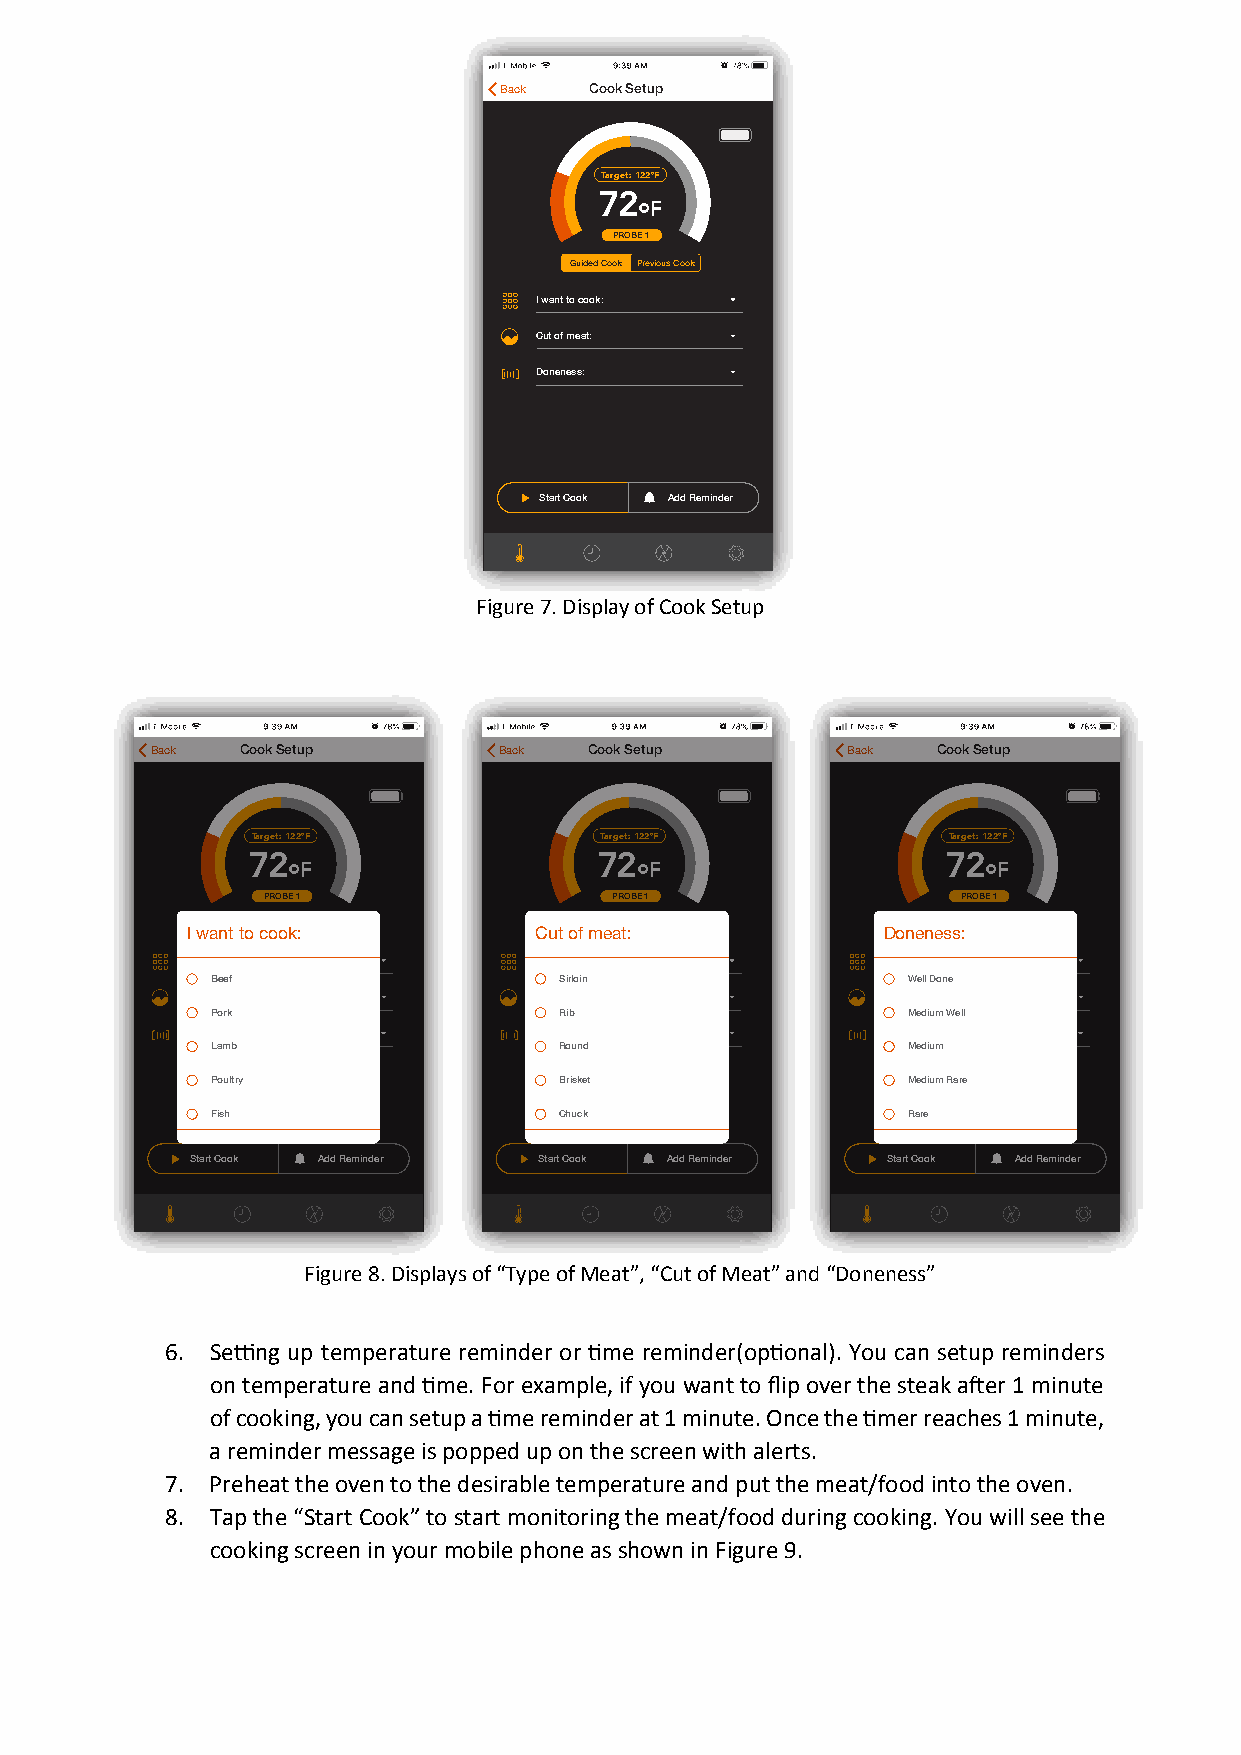
Back  Cook Setup
 Target: 122°F
 72
 °F
 PROBE 1
 Guided Cook Previous Cook
 I want to cook:
 Cut of meat:
 Doneness:
 Start Cook Add Reminder
 Figure 7. Display of Cook Setup
 Back  Cook Setup       Back  Cook Setup       Back  Cook Setup
 Target: 122°F          Target: 122°F          Target: 122°F
 72                      72                     72
 °F                     °F                     °F
 PROBE 1                 PROBE 1                PROBE 1
 GGuuiiddeedd CCooookk PPrreevviioouuss CCooookk GGuuiiddeedd CCooookk PPrreevviioouuss CCooookk GGuuiiddeedd CCooookk PPrreevviioouuss CCooookk
 I want to cook:        Cut of meat:           Doneness:
 I want to cook:        I want to cook:        I want to cook:
 Beef                   Sirloin                Well Done
 CCuutt ooff mmeeaatt:: CCuutt ooff mmeeaatt:: CCuutt ooff mmeeaatt::
 Pork                   Rib                    Medium Well
 DDoonneenneessss::     DDoonneenneessss::     DDoonneenneessss::
 Lamb                   Round                  Medium
 Poultry                Brisket                Medium Rare
 Fish                   Chuck                  Rare
 Start Cook Add Reminder Start Cook Add Reminder Start Cook Add Reminder
 Figure 8. Displays of “Type of Meat”, “Cut of Meat” and “Doneness”
 6. Setting up temperature reminder or time reminder(optional). You can setup reminders
 on temperature and time. For example, if you want to flip over the steak after 1 minute
 of cooking, you can setup a time reminder at 1 minute. Once the timer reaches 1 minute,
 a remindermessageis popped upon the screen with alerts.
 7. Preheat the oven to the desirable temperature and put the meat/food into the oven.
 8. Tapthe “Start Cook” to start monitoring the meat/food during cooking. You will see the
 cooking screen in your mobile phone as shown in Figure 9.